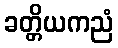
ခတ္တိယကညံ